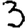
Digit: 3